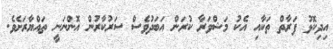
އިދިކޮޅު ފަރާތް ތަކާއި އެކު މަޝްވަރާ ކުރަން އަބަދުވެސް ސަރުކާރުން އޮންނަނީ ތައްޔާރަށެވެ.